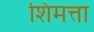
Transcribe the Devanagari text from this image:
शिमत्ता